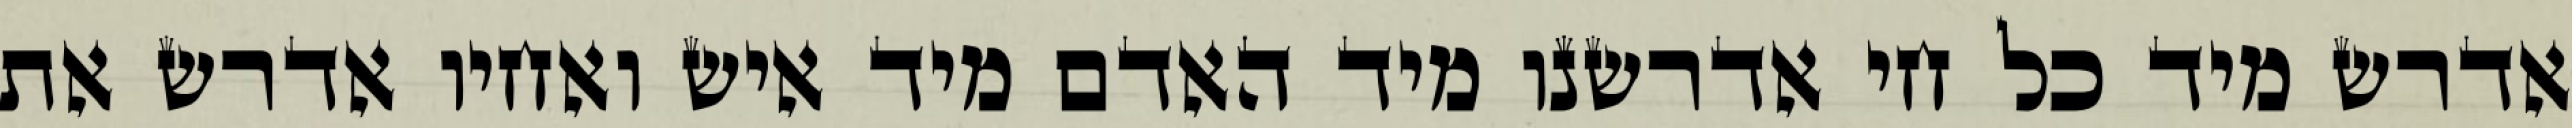
אדרש מיד כל חי אדרשנו מיד האדם מיד איש ואחיו אדרש את